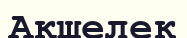
Ақшелек